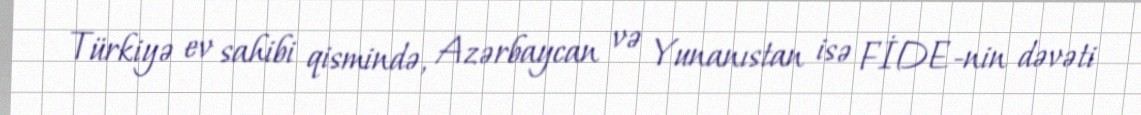
Türkiyə ev sahibi qismində, Azərbaycan və Yunanıstan isə FİDE-nin dəvəti